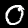
Label: 0